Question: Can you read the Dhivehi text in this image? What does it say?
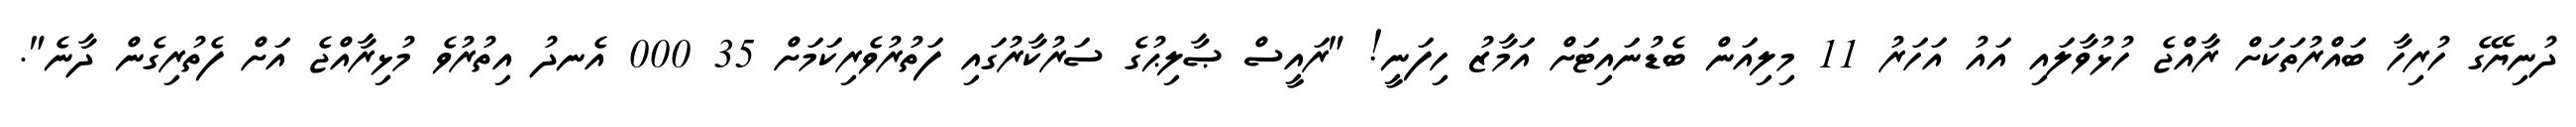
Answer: ދުނިޔޭގެ ހުރިހާ ބައްރުތަކަށް ރާއްޖެ ހުޅުވާލައި އައު އަހަރު 11 މިލިއަން ބެޑުނައިޓަށް އަމާޒު ހިފަނީ! "ރައީސް ޞާލިޙުގެ ސަރުކާރުގައި ފަތުރުވެރިކަމަށް 35 000 އެނދު އިތުރުވެ މުޅިރާއްޖެ އަށް ފެތުރިގެން ދާނެ".